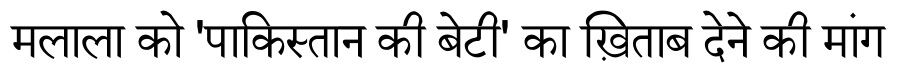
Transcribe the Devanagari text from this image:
मलाला को 'पाकिस्तान की बेटी' का ख़िताब देने की मांग